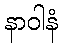
နာဝါနံ